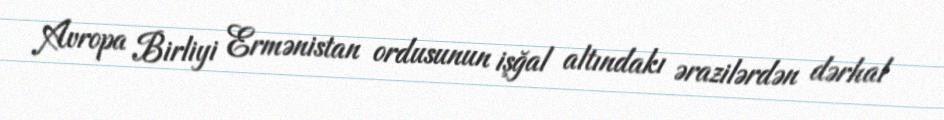
Avropa Birliyi Ermənistan ordusunun işğal altındakı ərazilərdən dərhal